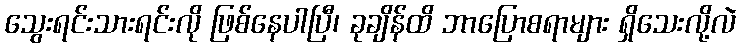
သွေးရင်းသားရင်းလို ဖြစ်နေပါပြီ၊ ခုချိန်ထိ ဘာပြောစရာများ ရှိသေးလို့လဲ